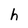
Character: h